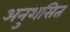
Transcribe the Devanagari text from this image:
अनुशसित